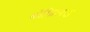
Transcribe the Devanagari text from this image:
कोफिआऊ